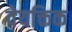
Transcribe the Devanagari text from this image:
वेयक्तिक